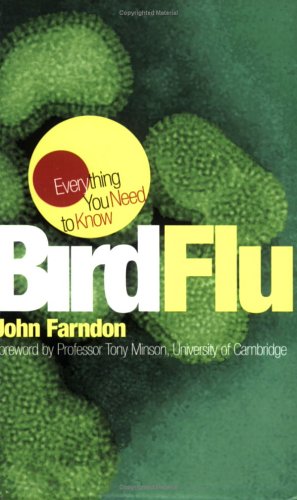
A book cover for Bird Flu (Everything You Need to Know); John Farndon; Medical Books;